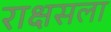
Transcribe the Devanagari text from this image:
राक्षसला